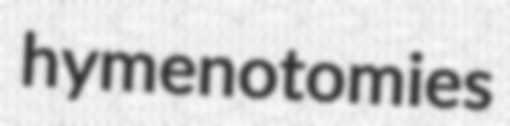
hymenotomies